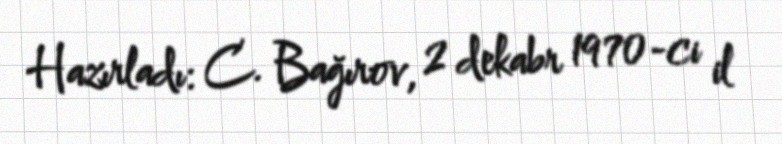
Hazırladı: C. Bağırov, 2 dekabr 1970-ci il